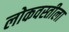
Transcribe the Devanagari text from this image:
लोकवस्तीला